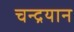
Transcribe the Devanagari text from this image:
चन्‍द्रयान